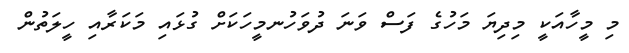
މި މީހާއަކީ މިދިޔަ މަހުގެ ފަސް ވަނަ ދުވަހުނމީހަކަށް ގުޅައި މަކަރާއި ހީލަތުން